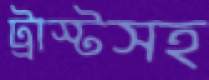
ট্রাস্টসহ